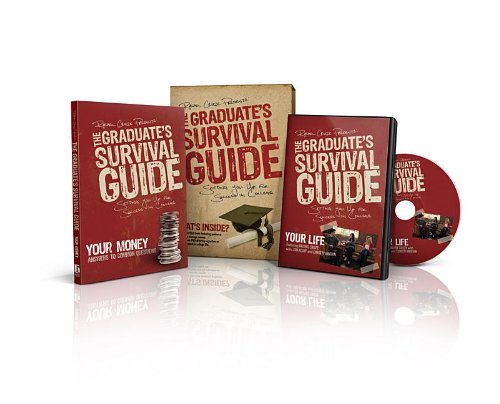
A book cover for The Graduate's Survival Guide (Book & DVD); Rachel Cruze; Education & Teaching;